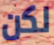
لكن